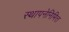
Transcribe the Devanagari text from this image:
स्थापनेनिमित्त